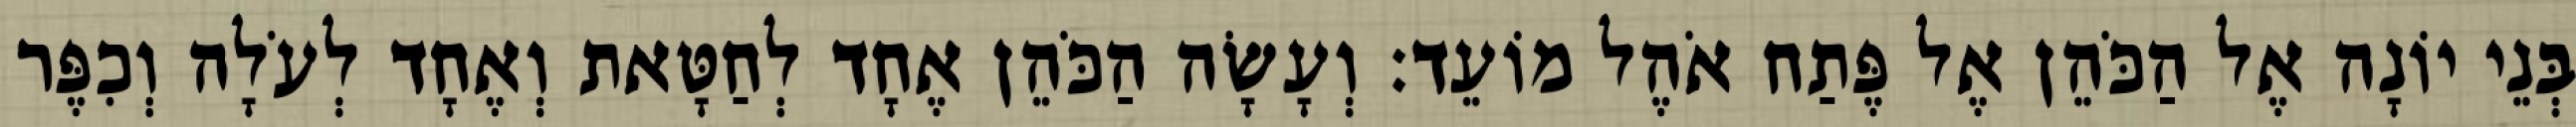
בְּנֵי יוֹנָה אֶל הַכֹּהֵן אֶל פֶּתַח אֹהֶל מוֹעֵד׃ וְעָשָׂה הַכֹּהֵן אֶחָד לְחַטָּאת וְאֶחָד לְעֹלָה וְכִפֶּר